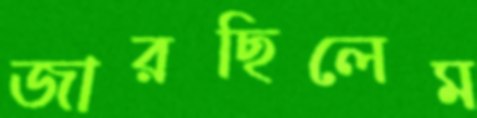
জারছিলেম